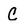
Character: C